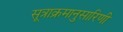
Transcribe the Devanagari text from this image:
सूत्राक्रमानुसारिणी